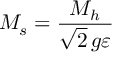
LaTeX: M _ { s } = \frac { M _ { h } } { \sqrt { 2 } \, g \varepsilon }